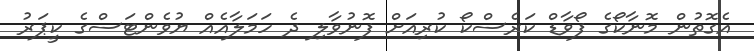
އެގޮތުން މޮނާކޯގެ ފޯވާޑް ކަރެސްކޯ ކުރިއަށް ފޮނުވާލި ދެ ހަމަލާއެއް ޔުވެންޓަސްގެ ކީޕަރު